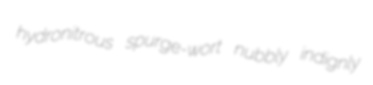
hydronitrous spurge-wort nubbly indignly